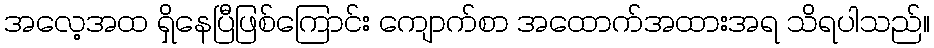
အလေ့အထ ရှိနေပြီဖြစ်ကြောင်း ကျောက်စာ အထောက်အထားအရ သိရပါသည်။